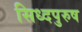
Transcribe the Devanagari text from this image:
सिध्दपुरुष